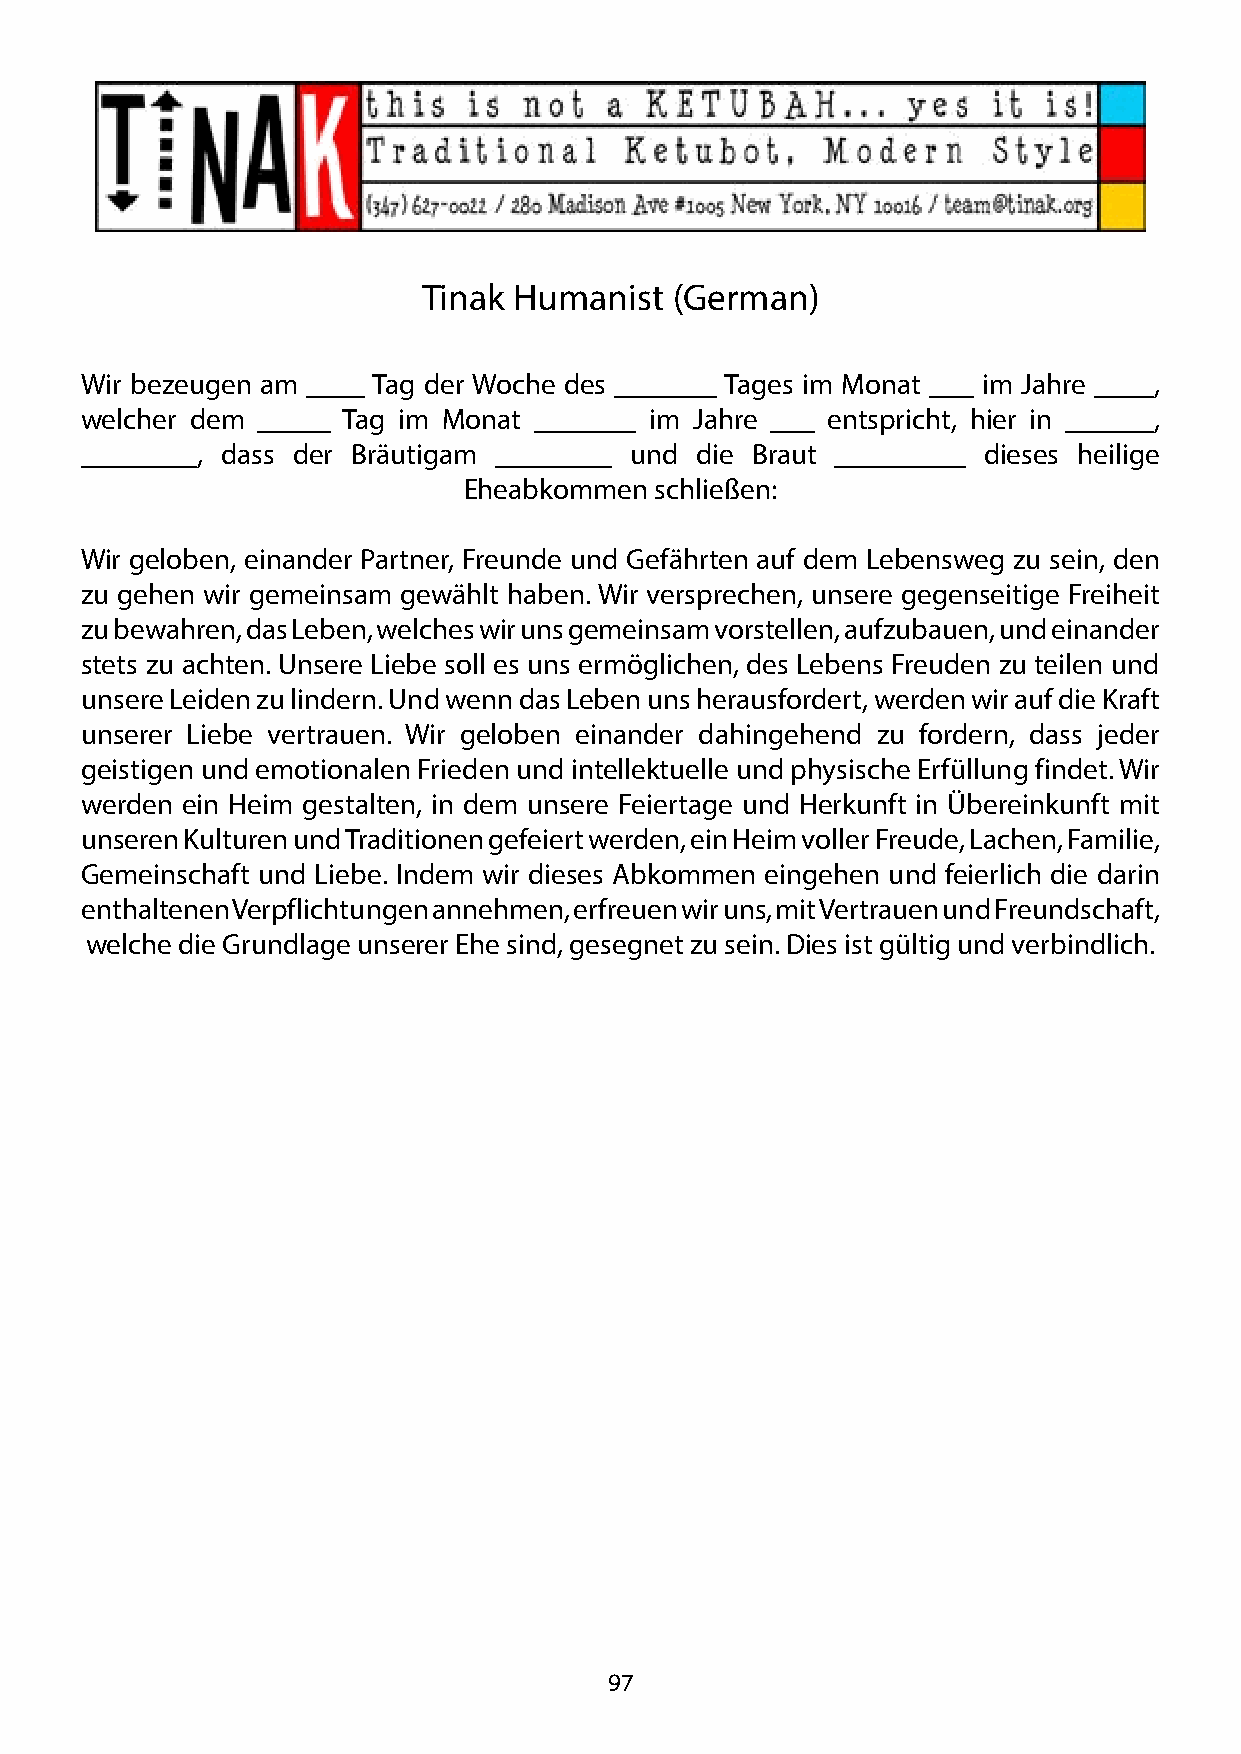
Tinak Humanist  (German)
 Wir bezeugen am ____ Tag der Woche des _______ Tages im Monat ___ im Jahre ____,
 welcher dem _____ Tag im Monat _______ im Jahre ___ entspricht, hier in ______,
 ________, dass der Bräutigam ________ und die Braut _________ dieses heilige
 Eheabkommen schließen:
 Wir geloben, einander Partner, Freunde und Gefährten auf dem Lebensweg zu sein, den
 zu gehen wir gemeinsam gewählt haben. Wir versprechen, unsere gegenseitige Freiheit
 zu bewahren, das Leben, welches wir uns gemeinsam vorstellen, aufzubauen, und einander
 stets zu achten. Unsere Liebe soll es uns ermöglichen, des Lebens Freuden zu teilen und
 unsere Leiden zu lindern. Und wenn das Leben uns herausfordert, werden wir auf die Kraft
 unserer Liebe vertrauen. Wir geloben einander dahingehend zu fordern, dass jeder
 geistigen und emotionalen Frieden und intellektuelle und physische Erfüllung findet. Wir
 werden ein Heim gestalten, in dem unsere Feiertage und Herkunft in Übereinkunft mit
 unseren Kulturen und Traditionen gefeiert werden, ein Heim voller Freude, Lachen, Familie,
 Gemeinschaft und Liebe. Indem wir dieses Abkommen eingehen und feierlich die darin
 enthaltenen Verpflichtungen annehmen, erfreuen wir uns, mit Vertrauen und Freundschaft,
 welche die Grundlage unserer Ehe sind, gesegnet zu sein. Dies ist gültig und verbindlich.
 97